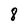
Character: 8